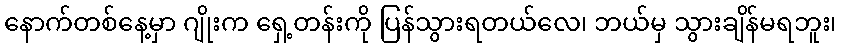
နောက်တစ်နေ့မှာ ဂျိုးက ရှေ့တန်းကို ပြန်သွားရတယ်လေ၊ ဘယ်မှ သွားချိန်မရဘူး၊